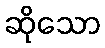
ဆိုသော